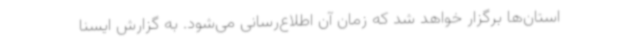
استان‌ها برگزار خواهد شد که زمان آن اطلاع‌رسانی می‌شود. به گزارش ایسنا